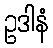
ဥဒါနံ